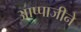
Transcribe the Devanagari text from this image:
आप्पाजीने